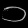
Digit: ၁